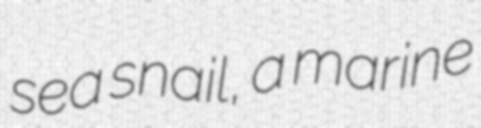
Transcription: sea snail, a marine